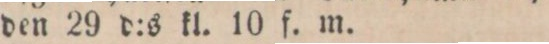
den 29 d:s kl. 10 f. m.